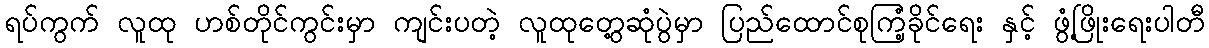
ရပ်ကွက် လူထု ဟစ်တိုင်ကွင်းမှာ ကျင်းပတဲ့ လူထုတွေ့ဆုံပွဲမှာ ပြည်ထောင်စုကြံ့ခိုင်ရေး နှင့် ဖွံ့ဖြိုးရေးပါတီ